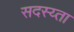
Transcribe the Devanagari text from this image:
सदस्य्ता